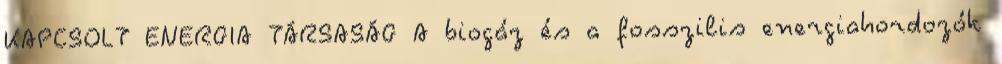
KAPCSOLT ENERGIA TÁRSASÁG A biogáz és a fosszilis energiahordozók